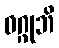
ဝဂ္ဂုဘိ